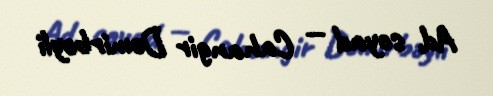
Ad, soyad — Cahangir Dəmirbəyli